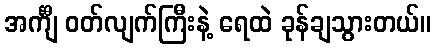
အင်္ကျီ ဝတ်လျက်ကြီးနဲ့ ရေထဲ ခုန်ချသွားတယ်။